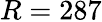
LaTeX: R=287